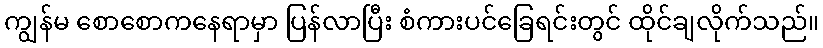
ကျွန်မ စောစောကနေရာမှာ ပြန်လာပြီး စံကားပင်ခြေရင်းတွင် ထိုင်ချလိုက်သည်။